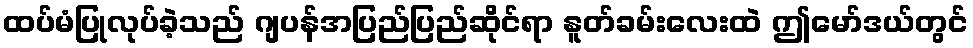
ထပ်မံပြုလုပ်ခဲ့သည် ဂျပန်အပြည်ပြည်ဆိုင်ရာ နူတ်ခမ်းလေးထဲ ဤမော်ဒယ်တွင်